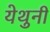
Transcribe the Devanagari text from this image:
येथुनी